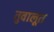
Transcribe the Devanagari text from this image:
तुवालूत